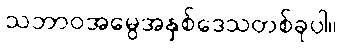
သဘာဝအမွေအနှစ်ဒေသတစ်ခုပါ။